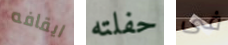
ايقافه حفلته فى